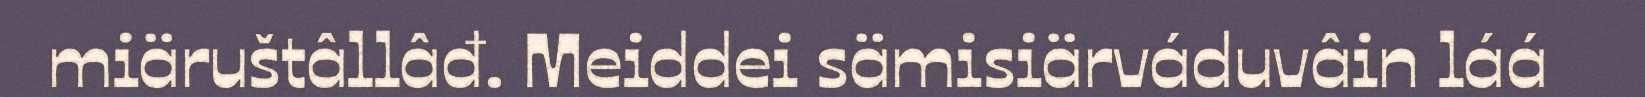
miäruštâllâđ. Meiddei sämisiärváduvâin láá